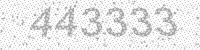
Solution: 443333